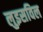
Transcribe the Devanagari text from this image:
लुइसविल